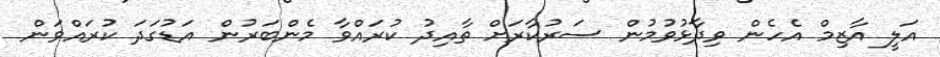
އަލީ އާޒިމް އެހެން ވިދާޅުވުމުން ސަރުކާރަށް ތާއިދު ކުރައްވާ މެންބަރުން އަޑުގަދަ ކުރައްވަން